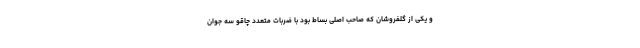
و یکی از گلفروشان که صاحب اصلی بساط بود با ضربات متعدد چاقو سه جوان